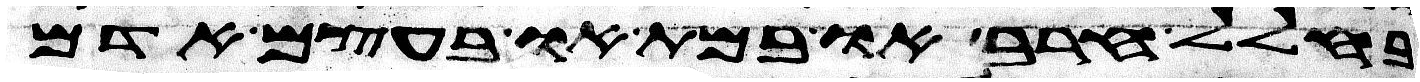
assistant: בחלל חרב או במת או בעצם אדם